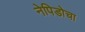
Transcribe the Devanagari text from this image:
नेपिडोचा